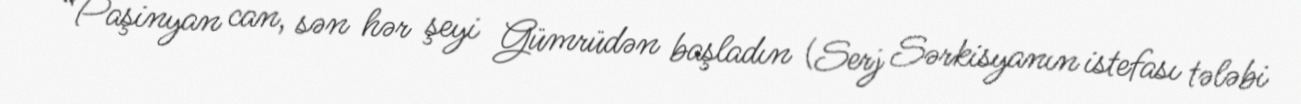
“Paşinyan can, sən hər şeyi Gümrüdən başladın (Serj Sərkisyanın istefası tələbi